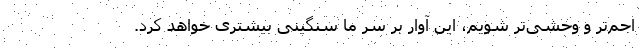
اجم‌تر و وحشی‌تر شویم، این آوار بر سر ما سنگینی بیشتری خواهد کرد.